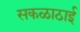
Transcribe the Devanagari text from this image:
सकळाठाई